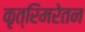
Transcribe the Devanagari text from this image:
कृत्रिमरेतन